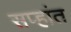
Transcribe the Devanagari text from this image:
सप्हांत